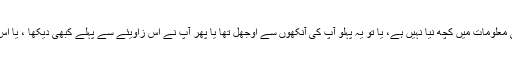
دینی ، سماجی، معاشرتی، اصلاحی معلومات میں کچھ نیا نہیں ہے، یا تو یہ پہلو آپ کی آنکھوں سے اوجھل تھا یا پھر آپ نے اس زاویئے سے پہلے کبھی دیکھا ، یا اس انداز میں پہلے کبھی سنا نہیں تھا۔